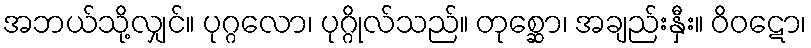
အဘယ်သို့လျှင်။ ပုဂ္ဂလော၊ ပုဂ္ဂိုလ်သည်။ တုစ္ဆော၊ အချည်းနှီး။ ဝိဝဋော၊